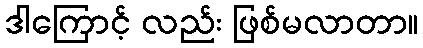
ဒါကြောင့် လည်း ဖြစ်မလာတာ။